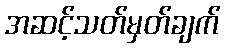
အဆင့်သတ်မှတ်ချက်